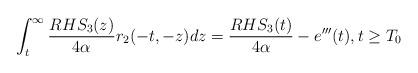
LaTeX: \begin{align*} \int_{t}^{\infty} \frac{RHS_{3}(z)}{4 \alpha}r_{2}(-t,-z)dz = \frac{RHS_{3}(t)}{4 \alpha}-e'''(t), t \geq T_{0}\end{align*}